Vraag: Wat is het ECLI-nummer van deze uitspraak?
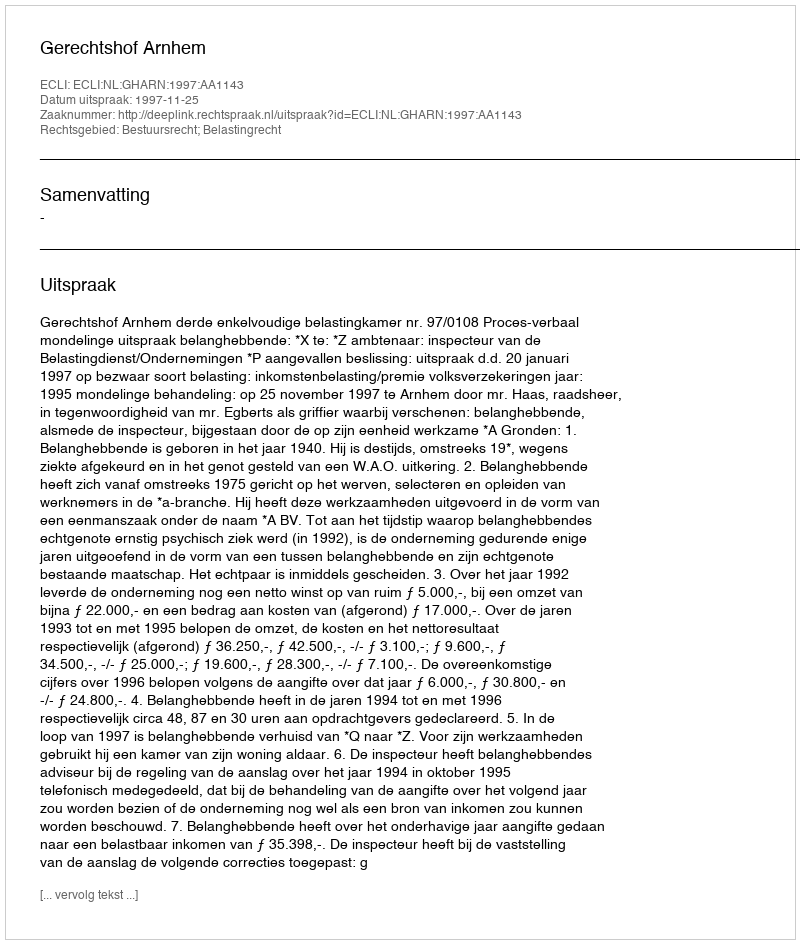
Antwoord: ECLI:NL:GHARN:1997:AA1143